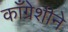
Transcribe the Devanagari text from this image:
काँग्रेशीने